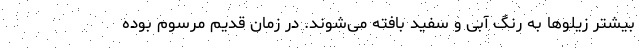
بیشتر زیلوها به رنگ آبی و سفید بافته می‌شوند. در زمان قدیم مرسوم بوده